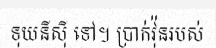
ទុយនីស៊ី ទៅ។ ប្រាក់វ៉ុនរបស់